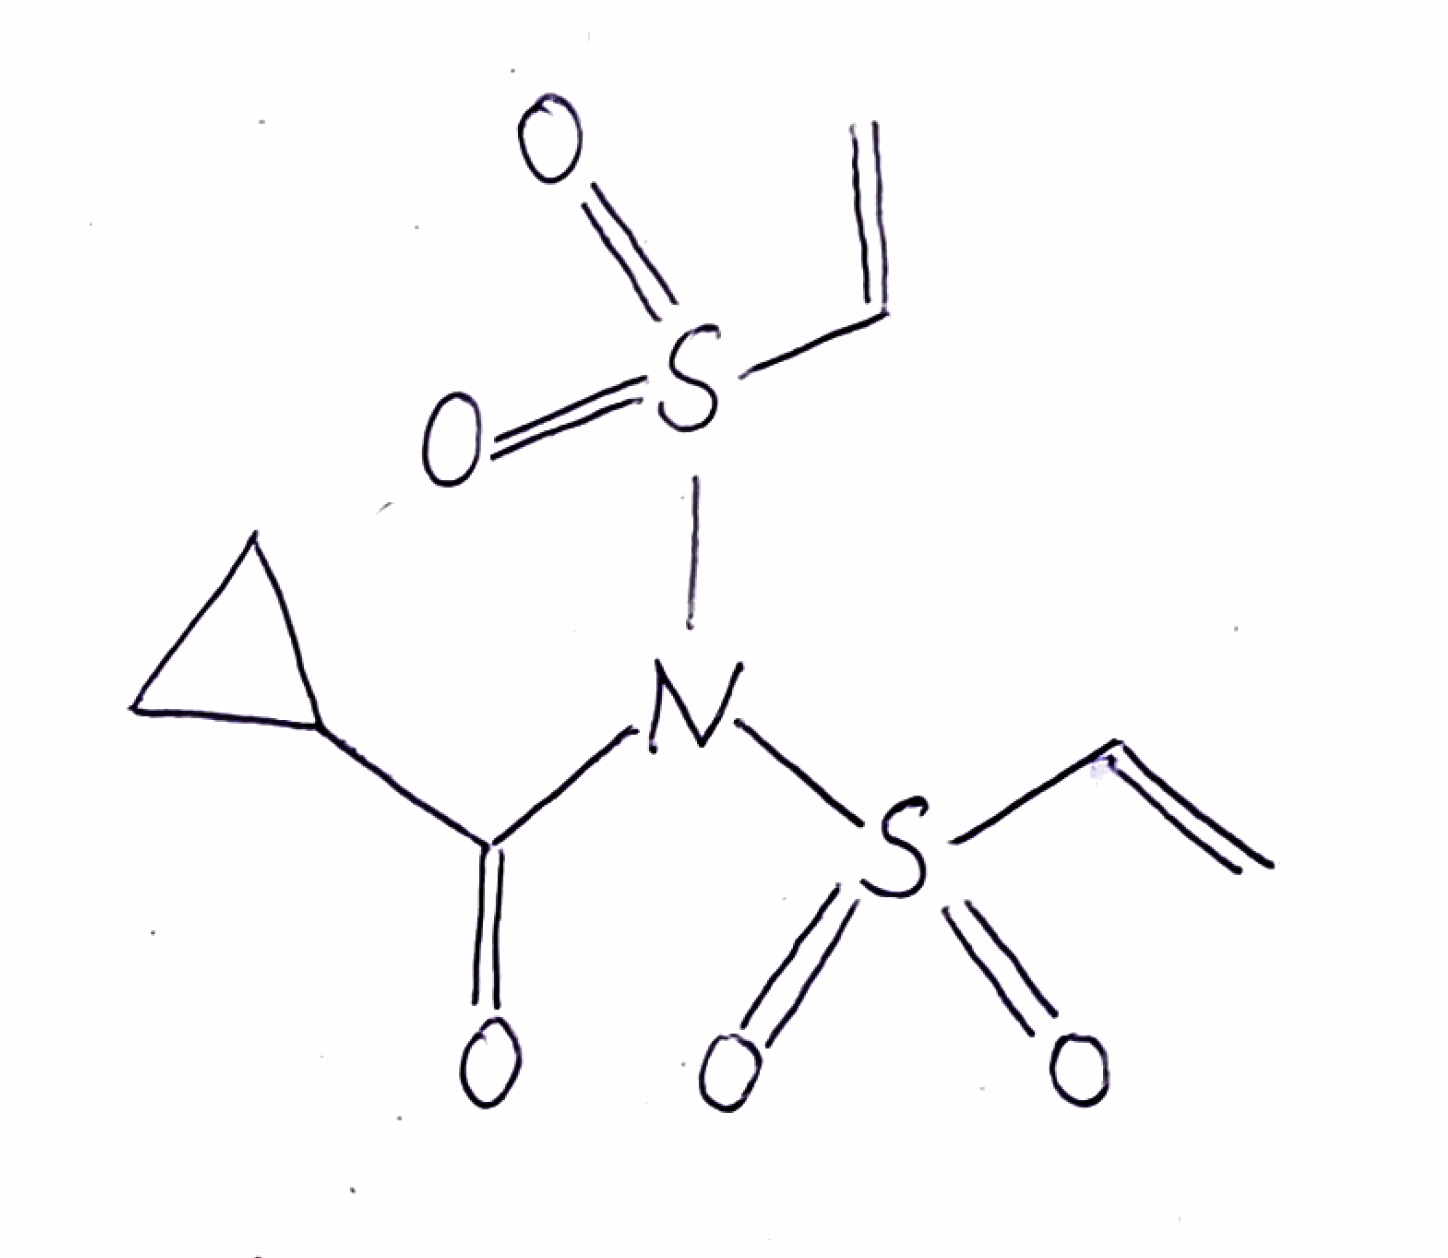
Simplified molecular-input line-entry system (SMILES) notation of the given molecule:
C=CS(=O)(=O)N(C(=O)C1CC1)S(=O)(=O)C=C